Civil Veterinary Department. Central Provinces & Berar 1932-41 - 1932-1941
Year: 1932
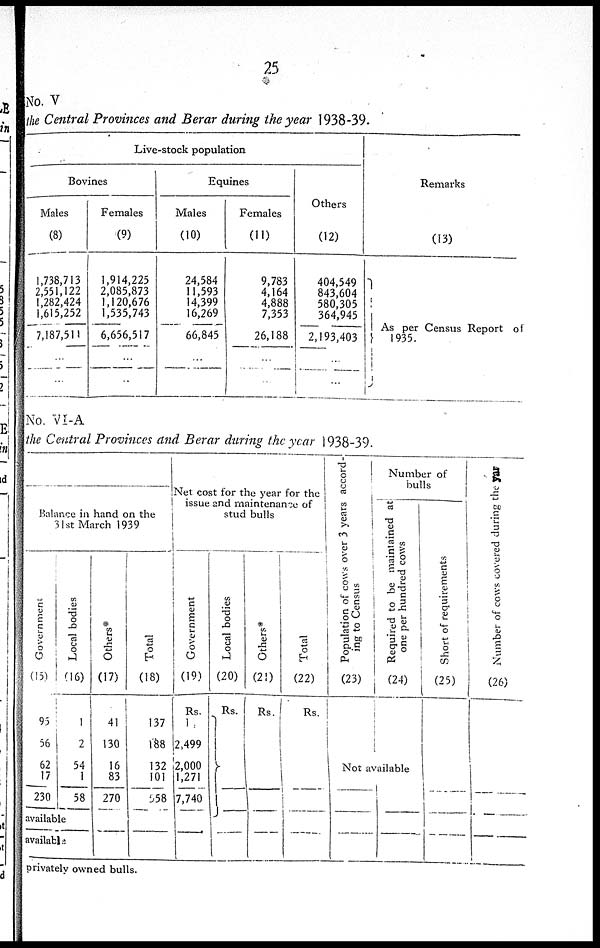
25
No. V
the Central Provinces and Berar during the year 1938-39.
Live-stock population
Bovines
Males
(8)
1,738,713
2,551,122
1,282,424
1,615,252
7,187,511
...
...
Females
(9)
1,914,225
2,085,873
1,120,676
1,535,743
6,656,517
...
...
Equines
Males
(10)
24,584
11,593
14,399
16,269
66,845
...
Females
(11)
9,783
4,164
4,888
7,353
26,188
...
...
Others
(12)
404,549
843,604
580,305
364,945
2,193,403
... ...
Remarks
(13)
As per Census Report of
1935.
No. VI-A
the Central Provinces and Berar during the year 1938-39.
Balance in hand on the
31st March 1939
Government
(15)
95
56
62
17
230
Local bodies
(16)
1
2
54
1
58
available
available
Others*
(17)
41
130
16
83
270
Total
(18)
137
188
132
101
558
Net cost for the year for the
issue and maintenance of
stud bulls
Government
(19)
Rs.
1
2,499
2,000
1,271
7,740
Local bodies
(20)
Rs.
Others*
(21)
Rs.
Total
(22)
Rs.
Population of cows over 3 years accord¬
ing to Census
(23)
Number of
bulls
Required to be maintained at
one per hundred cows
(24)
Not available
Short of requirements
(25)
Number of cows covered during the year
(26)
privately owned bulls.